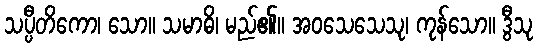
သပ္ပီတိကော၊ သော။ သမာဓိ၊ မည်၏။ အဝသေသေသု၊ ကုန်သော။ ဒွီသု